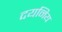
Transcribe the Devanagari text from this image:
दयनिय